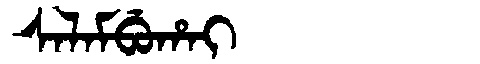
Manchu: ᠰᠠᠯᠠᠮᠪᡠᡥᠠᡳ
Romanization: SALAMBUHAI